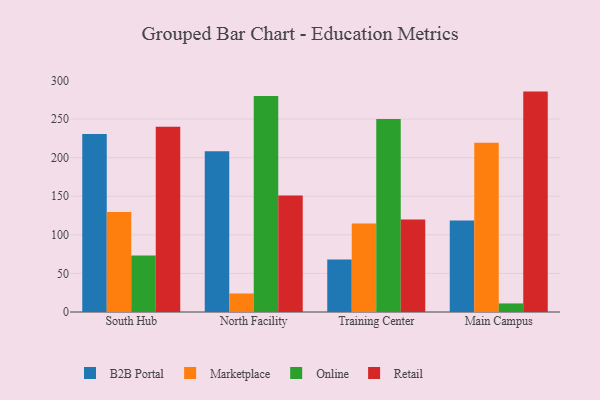
{"axis": {"x": "Campus", "y": "Inventory Turnover"}, "legend": ["B2B Portal", "Marketplace", "Online", "Retail"], "data": [{"x": "South Hub", "y": 230.7, "type": "B2B Portal"}, {"x": "South Hub", "y": 129.5, "type": "Marketplace"}, {"x": "South Hub", "y": 73.3, "type": "Online"}, {"x": "South Hub", "y": 240.2, "type": "Retail"}, {"x": "North Facility", "y": 208.4, "type": "B2B Portal"}, {"x": "North Facility", "y": 24.0, "type": "Marketplace"}, {"x": "North Facility", "y": 279.8, "type": "Online"}, {"x": "North Facility", "y": 151.0, "type": "Retail"}, {"x": "Training Center", "y": 68.0, "type": "B2B Portal"}, {"x": "Training Center", "y": 114.7, "type": "Marketplace"}, {"x": "Training Center", "y": 250.1, "type": "Online"}, {"x": "Training Center", "y": 119.9, "type": "Retail"}, {"x": "Main Campus", "y": 118.6, "type": "B2B Portal"}, {"x": "Main Campus", "y": 219.3, "type": "Marketplace"}, {"x": "Main Campus", "y": 11.1, "type": "Online"}, {"x": "Main Campus", "y": 285.6, "type": "Retail"}]}